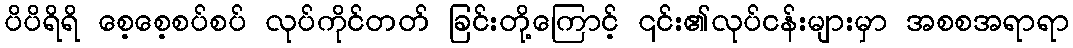
ပိပိရိရိ စေ့စေ့စပ်စပ် လုပ်ကိုင်တတ် ခြင်းတို့ကြောင့် ၎င်း၏လုပ်ငန်းများမှာ အစစအရာရာ